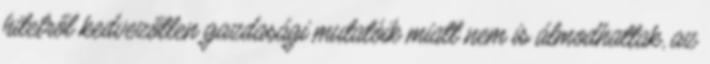
hitelről kedvezőtlen gazdasági mutatóik miatt nem is álmodhattak, az